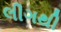
લીગથી